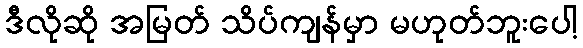
ဒီလိုဆို အမြတ် သိပ်ကျန်မှာ မဟုတ်ဘူးပေါ့